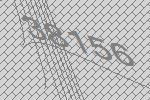
38156